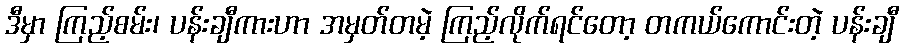
ဒီမှာ ကြည့်စမ်း၊ ပန်းချီကားဟာ အမှတ်တမဲ့ ကြည့်လိုက်ရင်တော့ တကယ်ကောင်းတဲ့ ပန်းချီ